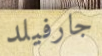
جارفيلد